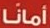
أمانا